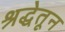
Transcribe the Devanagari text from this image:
श्रद्धेतून